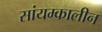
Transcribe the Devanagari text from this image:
सांयम्कालीन